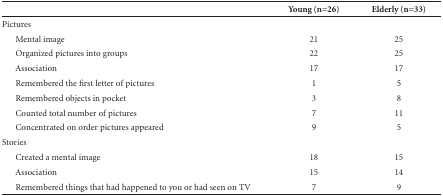
|  | Young (n=26) | Elderly (n=33) |
 | --- | --- | --- |
 | Pictures |  |  |
 | Mental image | 21 | 25 |
 | Organized pictures into groups | 22 | 25 |
 | Association | 17 | 17 |
 | Remembered the first letter of pictures | 1 | 5 |
 | Remembered objects in pocket | 3 | 8 |
 | Counted total number of pictures | 7 | 11 |
 | Concentrated on order pictures appeared | 9 | 5 |
 | Stories |  |  |
 | Created a mental image | 18 | 15 |
 | Association | 15 | 14 |
 | Remembered things that had happened to you or hadseen on TV | 7 | 9 |